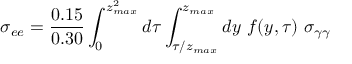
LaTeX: \sigma _ { e e } = \frac { 0 . 1 5 } { 0 . 3 0 } \int _ { 0 } ^ { z _ { m a x } ^ { 2 } } d \tau \int _ { \tau / z _ { m a x } } ^ { z _ { m a x } } d y \ f ( y , \tau ) \ \sigma _ { \gamma \gamma }